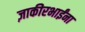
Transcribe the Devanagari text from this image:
ज़ाकीरभाईंना